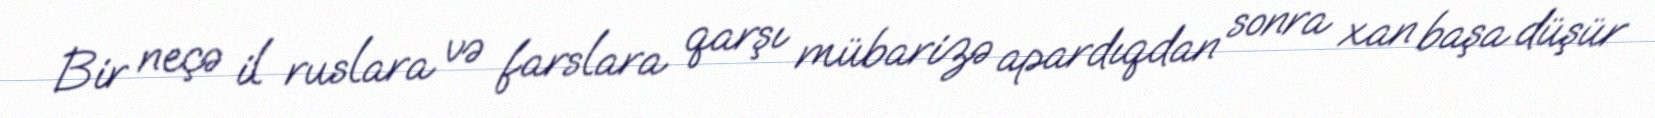
Bir neçə il ruslara və farslara qarşı mübarizə apardıqdan sonra xan başa düşür